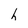
Character: h